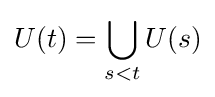
U(t)=\bigcup _{s<t}U(s)